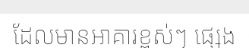
ដែលមានអាគារខ្ពស់ៗ ផ្សេង